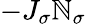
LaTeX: -J_{\sigma}\mathbb{N}_{\sigma}